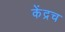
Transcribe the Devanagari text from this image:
केंद्रच